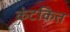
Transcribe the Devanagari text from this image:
कंटकित